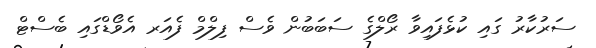
ސަރުކާރު ގައި ކުޅެފައިވާ ރޯލްގެ ސަބަބުން ވެސް ފިލްމް ފެއަރ އެވޯޑްގައި ބެސްޓް